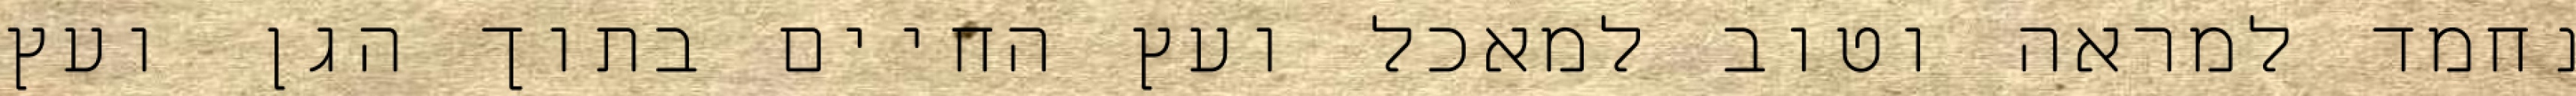
נחמד למראה וטוב למאכל ועץ החיים בתוך הגן ועץ